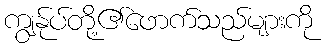
ကျွန်ုပ်တို့၏ဖောက်သည်များကို